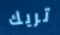
تريك